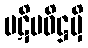
ပဋိပဝိဋ္ဌမှိ